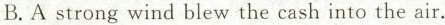
B.A strong wind blew the cash into the air.